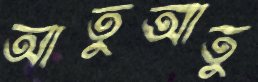
আতুআতু